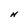
Character: N